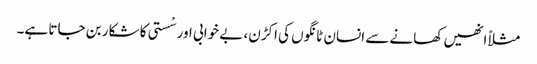
مثلاً انھیں کھانے سے انسان ٹانگوں کی اکڑن، بے خوابی اور سْستی کا شکار بن جاتا ہے۔